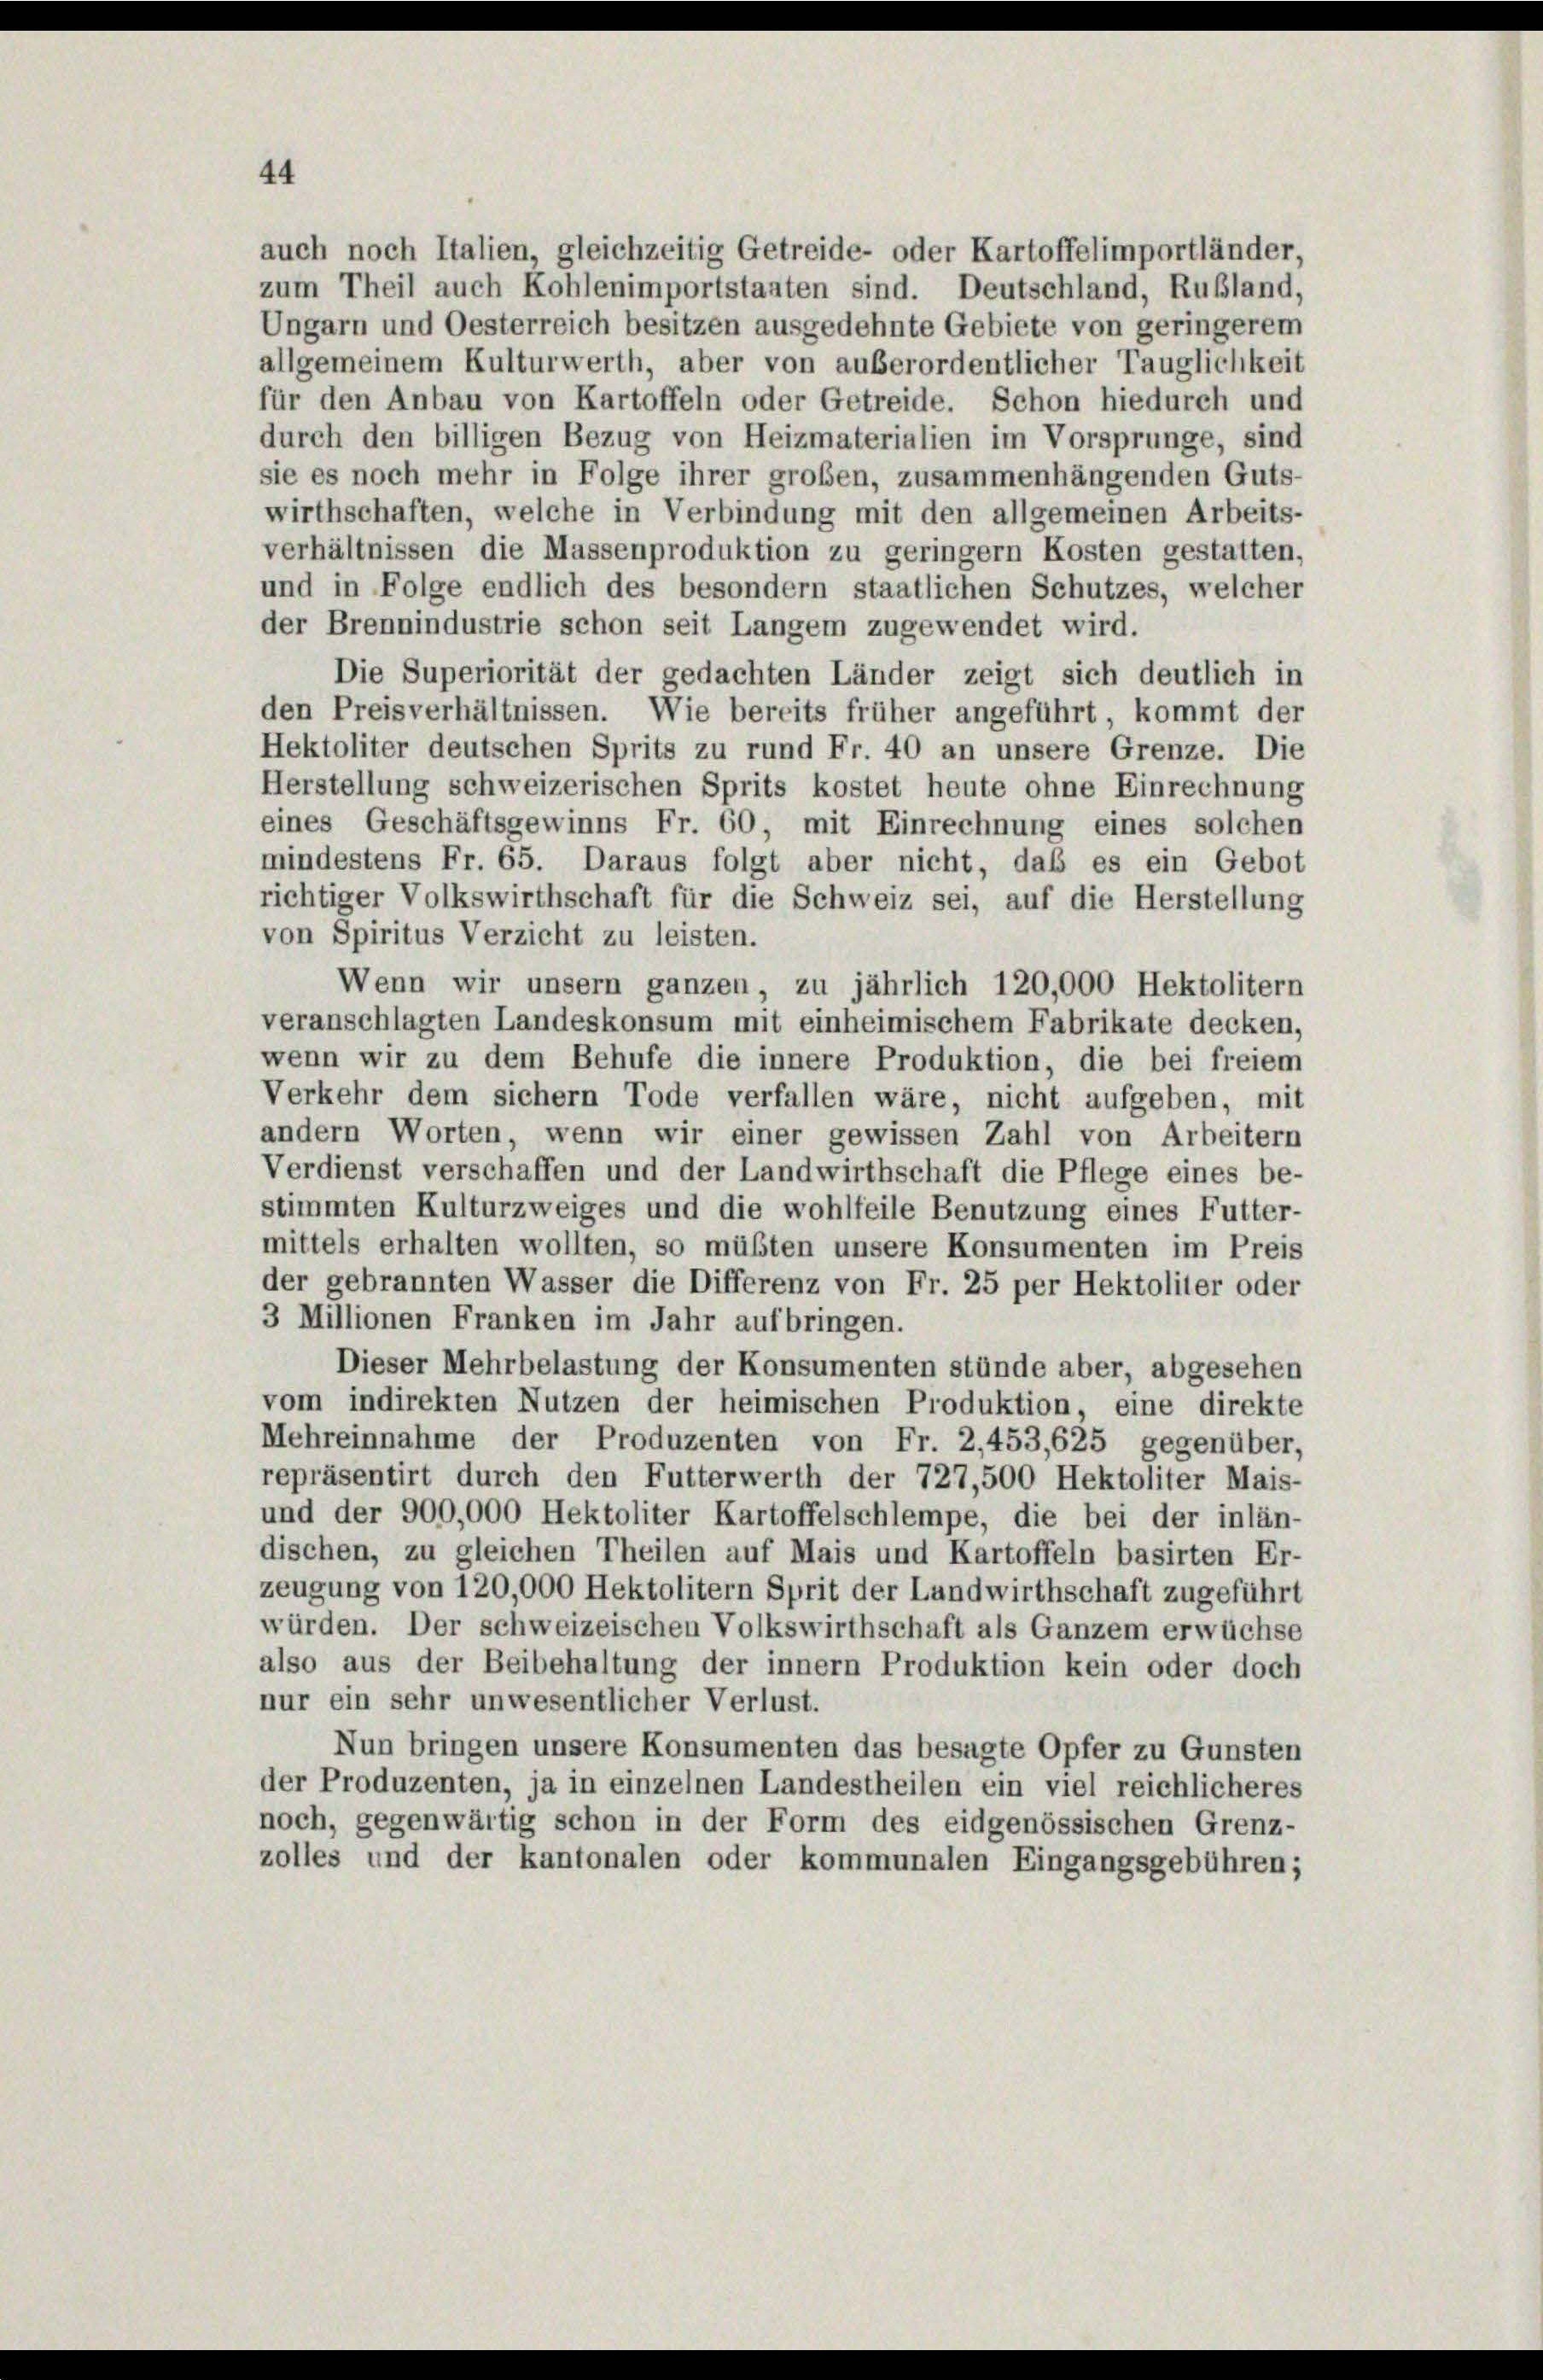
von Spiritus Verzicht zu leisten.

auch noch Italien, gleichzeitig Getreide- oder Kartoffelimportländer,
zum Theil auch Kohlenimportstanten sind. Deutschland, Rußland,
Ungarn und Oesterreich besitzen ausgedehnte Gebiete von geringerem
allgemeinem Kulturwerth, aber von außerordentlicher Tauglichkeit
für den Anbau von Kartoffeln oder Getreide. Schon hiedurch und
durch den billigen Bezug von Heizmaterialien im Vorsprunge, sind
sie es noch mehr in Folge ihrer großen, zusammenhängenden Guts-
wirthschaften, welche in Verbindung mit den allgemeinen Arbeits-
verhältnissen die Massenproduktion zu geringern Kosten gestatten,
und in Folge endlich des besondern staatlichen Schutzes, welcher
der Brennindustrie schon seit Langem zugewendet wird.
Die Superiorität der gedachten Länder zeigt sich deutlich in
den Preisverhältnissen. Wie bereits früher angeführt, kommt der
Hektoliter deutschen Sprits zu rund Fr. 40 an unsere Grenze. Die
Herstellung schweizerischen Sprits kostet heute ohne Einrechnung
eines Geschäftsgewinns Fr. 60, mit Einrechnung eines solchen
mindestens Fr. 65. Daraus folgt aber nicht, daß es ein Gebot
richtiger Volkswirthschaft für die Schweiz sei, auf die Herstellung
Wenn wir unsern ganzen, zu jährlich 120,000 Hektolitern
veranschlagten Landeskonsum mit einheimischem Fabrikate decken,
wenn wir zu dem Behufe die innere Produktion, die bei freiem
Verkehr dem sichern Tode verfallen wäre, nicht aufgeben, mit
andern Worten, wenn wir einer gewissen Zahl von Arbeitern
Verdienst verschaffen und der Landwirthschaft die Pflege eines be-
stimmten Kulturzweiges und die wohlfeile Benutzung eines Futter-
mittels erhalten wollten, so müßten unsere Konsumenten im Preis
der gebrannten Wasser die Differenz von Fr. 25 per Hektoliter oder
3 Millionen Franken im Jahr aufbringen.
Dieser Mehrbelastung der Konsumenten stünde aber, abgesehen
vom indirekten Nutzen der heimischen Produktion, eine direkte
Mehreinnahme der Produzenten von Fr. 2,453,625 gegenüber,
repräsentirt durch den Futterwerth der 727,500 Hektoliter Mais-
und der 900,000 Hektoliter Kartoffelschlempe, die bei der inlän-
dischen, zu gleichen Theilen auf Mais und Kartoffeln basirten Er-
zeugung von 120,000 Hektolitern Sprit der Landwirthschaft zugeführt
würden. Der schweizeischen Volkswirthschaft als Ganzem erwüchse
also aus der Beibehaltung der innern Produktion kein oder doch
nur ein sehr unwesentlicher Verlust.
Nun bringen unsere Konsumenten das besagte Opfer zu Gunsten
der Produzenten, ja in einzelnen Landestheilen ein viel reichlicheres
noch, gegenwärtig schon in der Form des eidgenössischen Grenz-
zolles und der kantonalen oder kommunalen Eingangsgebühren;